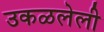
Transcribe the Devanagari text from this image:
उकळलेली